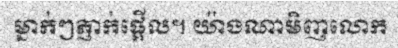
ម្នាក់ៗភ្ញាក់ផ្អើល។ យ៉ាងណាមិញលោក